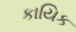
કાયિક